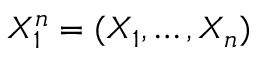
X _ { 1 } ^ { n } = ( X _ { 1 } , \ldots , X _ { n } )